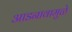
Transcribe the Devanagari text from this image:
आडनावामुळे